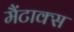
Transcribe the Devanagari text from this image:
मैंटाक्स